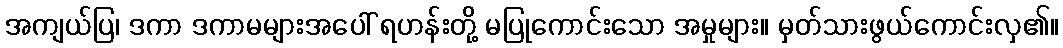
အကျယ်ပြ၊ ဒကာ ဒကာမများအပေါ် ရဟန်းတို့ မပြုကောင်းသော အမှုများ။ မှတ်သားဖွယ်ကောင်းလှ၏။